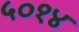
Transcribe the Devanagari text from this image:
५०१४